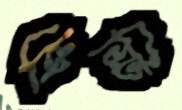
ক্রিস্টি